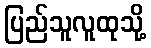
ပြည်သူလူထုသို့